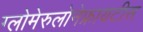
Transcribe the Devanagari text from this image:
ग्लोमेरुलोनेफ्रायटीस